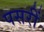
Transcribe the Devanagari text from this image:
पसरीं